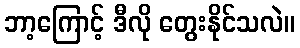
ဘာ့ကြောင့် ဒီလို တွေးနိုင်သလဲ။